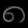
Digit: ၈